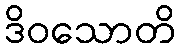
ဒိဝသောတိ